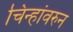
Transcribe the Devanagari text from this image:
चिन्हांवरुन